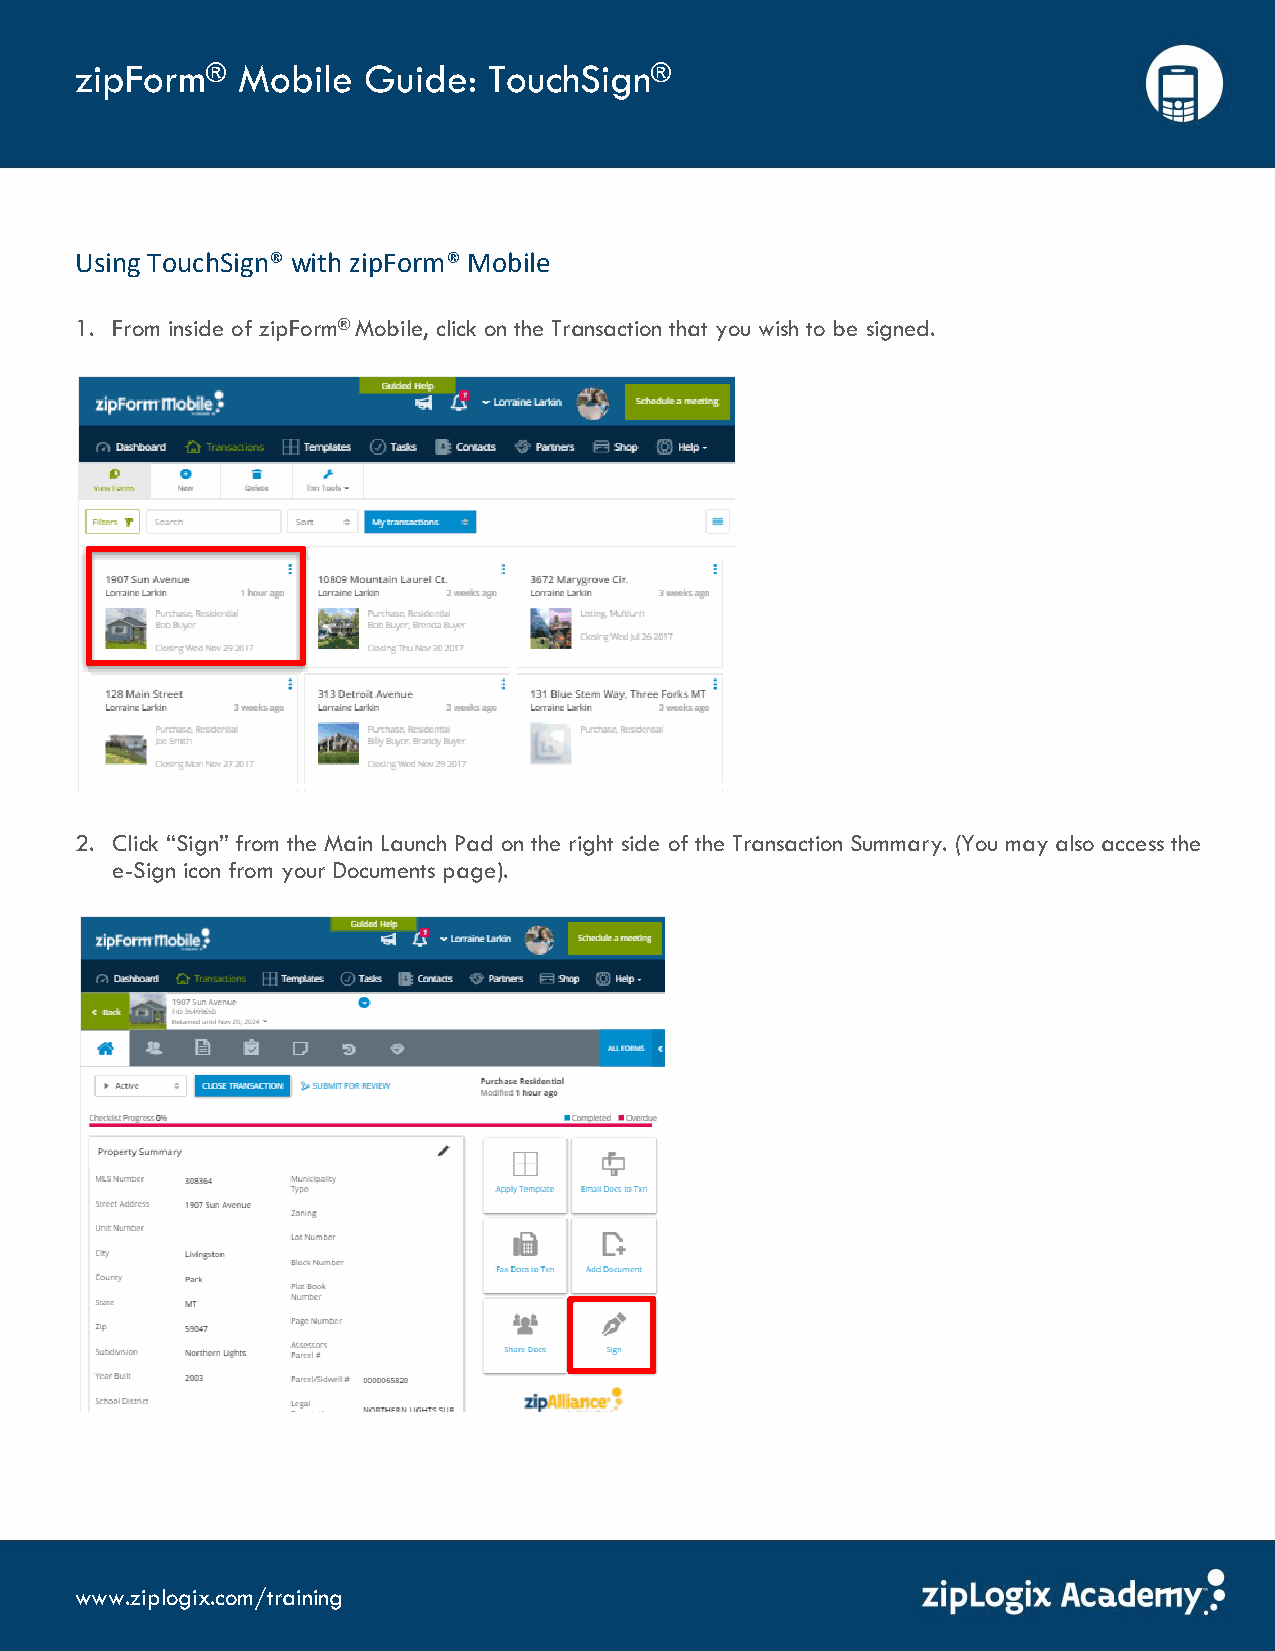
zipForm®   Mobile  Guide:  TouchSign®
 Using TouchSign® with zipForm® Mobile
 1. From inside of zipForm® Mobile, click on the Transaction that you wish to be signed.
 2. Click “Sign” from the Main Launch Pad on the right side of the Transaction Summary. (You may also access the
 e-Sign icon from your Documents page).
 www.ziplogix.com/training